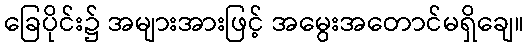
ခြေပိုင်း၌ အများအားဖြင့် အမွေးအတောင်မရှိချေ။